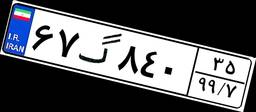
۶۷گ۸۴۰۳۵